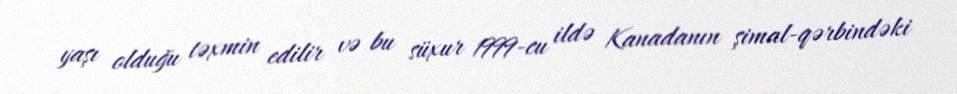
yaşı olduğu təxmin edilir və bu süxur 1999-cu ildə Kanadanın şimal-qərbindəki